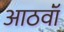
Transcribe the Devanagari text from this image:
आठवॉं